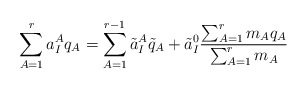
\begin{align*}\sum_{A=1}^r a_I^Aq_A =\sum_{A=1}^{r-1}\tilde a^A_I \tilde q_A + \tilde a_I^0\frac{\sum_{A=1}^r m_A q_A}{\sum_{A=1}^r m_A}\end{align*}